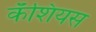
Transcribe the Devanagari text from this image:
कॅशियस